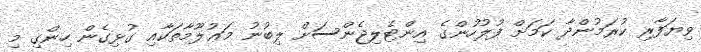
ވިޔަފާރި ކުރަމުންދާ ކަމަށް ފުލުހުންގެ އިންޓެލިޖެންސަށް ލިބުނު މަޢުލޫމާތަކާއި ގުޅިގެން ހިންގި މި